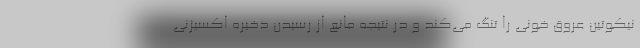
نیکوتین عروق خونی را تنگ می‌کند و در نتیجه مانع از رسیدن ذخیره اکسیژنی